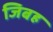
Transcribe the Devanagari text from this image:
जिबह